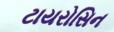
ટાયરોસિન